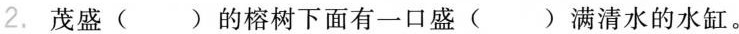
2. 茂盛( )的榕树下面有一口盛( )满清水的水缸。